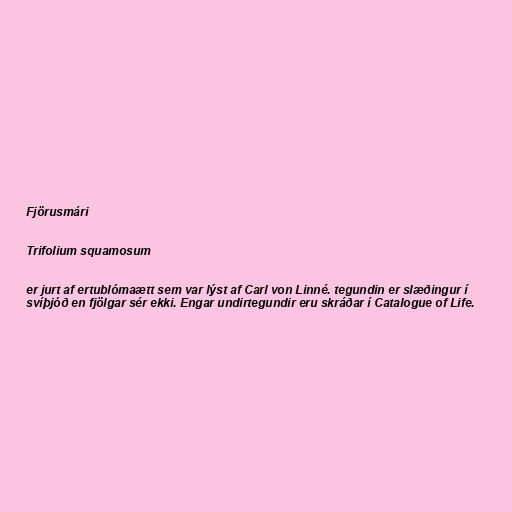
Fjörusmári

Trifolium squamosum

er jurt af ertublómaætt sem var lýst af Carl von Linné. tegundin er slæðingur í
svíþjóð en fjölgar sér ekki. Engar undirtegundir eru skráðar í Catalogue of Life.